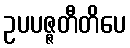
ဥပပဇ္ဇတီတိပေ